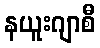
နယူးဂျာစီ